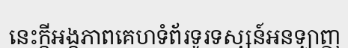
នេះក្តីអង្គភាពគេហទំព័រទូរទស្សន៍អនឡាញ